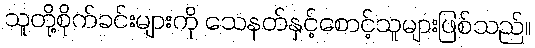
သူတို့စိုက်ခင်းများကို သေနတ်နှင့်စောင့်သူများဖြစ်သည်။